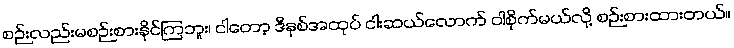
စဉ်းလည်းမစဉ်းစားနိုင်ကြဘူး၊ ငါတော့ ဒီနှစ်အထုပ် ငါးဆယ်လောက် ဝါစိုက်မယ်လို့ စဉ်းစားထားတယ်။